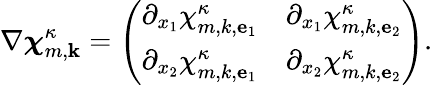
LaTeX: \nabla{\boldsymbol{\chi}}_{m,\mathbf{k}}^{\kappa}=\left(\begin{array}{ll}{\partial_{x_{1}}\chi_{m,k,{\mathbf{e}}_{1}}^{\kappa}}&{\partial_{x_{1}}\chi_{m,k,{\mathbf{e}}_{2}}^{\kappa}}\\ {\partial_{x_{2}}\chi_{m,k,{\mathbf{e}}_{1}}^{\kappa}}&{\partial_{x_{2}}\chi_{m,k,{\mathbf{e}}_{2}}^{\kappa}}\end{array}\right).